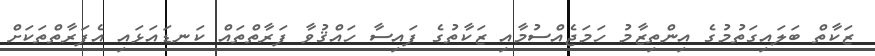
ޒަކާތް ބަލައިގަތުމުގެ އިންތިޒާމު ހަމަޖެއްސުމާއި ޒަކާތުގެ ފައިސާ ހައްޤުވާ ފަރާތްތައް ކަނޑައަޅައި އެފަރާތްތަކަށް